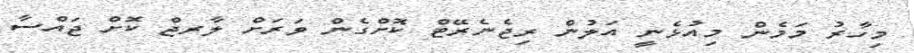
މިހާރު މަމެން މިއުޅެނީ އަލުން ރިޖެނެރޭޓް ކޮށްގެން ވަރަށް ލާރޖް ކޮށް ޖައްސާ